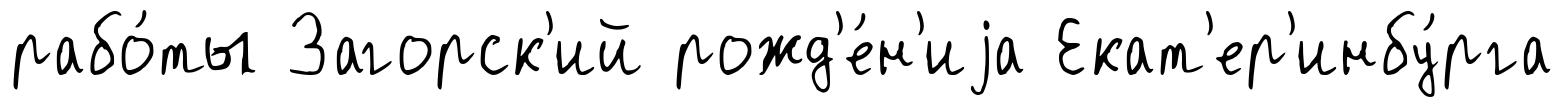
рабо́ты Загорск'ий рожд'е́н'иjа Екат'ер'инбу́рга